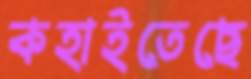
কহাইতেছে